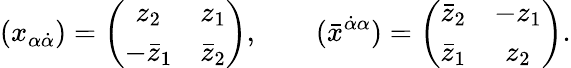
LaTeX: (x_{\alpha\dot{\alpha}})=\left(\begin{array}{cc}{{z_{2}}}&{{z_{1}}}\\ {{-\bar{z}_{1}}}&{{\bar{z}_{2}}}\end{array}\right),\qquad(\bar{x}^{\dot{\alpha}\alpha})=\left(\begin{array}{cc}{{\bar{z}_{2}}}&{{-z_{1}}}\\ {{\bar{z}_{1}}}&{{z_{2}}}\end{array}\right).